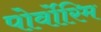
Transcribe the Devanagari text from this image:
पोर्वोरिम